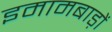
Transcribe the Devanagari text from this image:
इमामबाड़ों